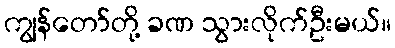
ကျွန်တော်တို့ ခဏ သွားလိုက်ဦးမယ်။